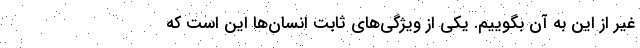
غیر از این به آن بگوییم. یکی از ویژگی‌های ثابت انسان‌ها این است که